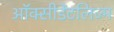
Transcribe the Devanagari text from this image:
ऑक्सीडेंटलिज्म